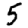
Digit: 5